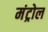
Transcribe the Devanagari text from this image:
मंट्रोल